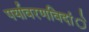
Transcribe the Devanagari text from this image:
पर्यावरणविदांे